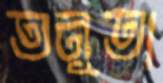
তনূতা